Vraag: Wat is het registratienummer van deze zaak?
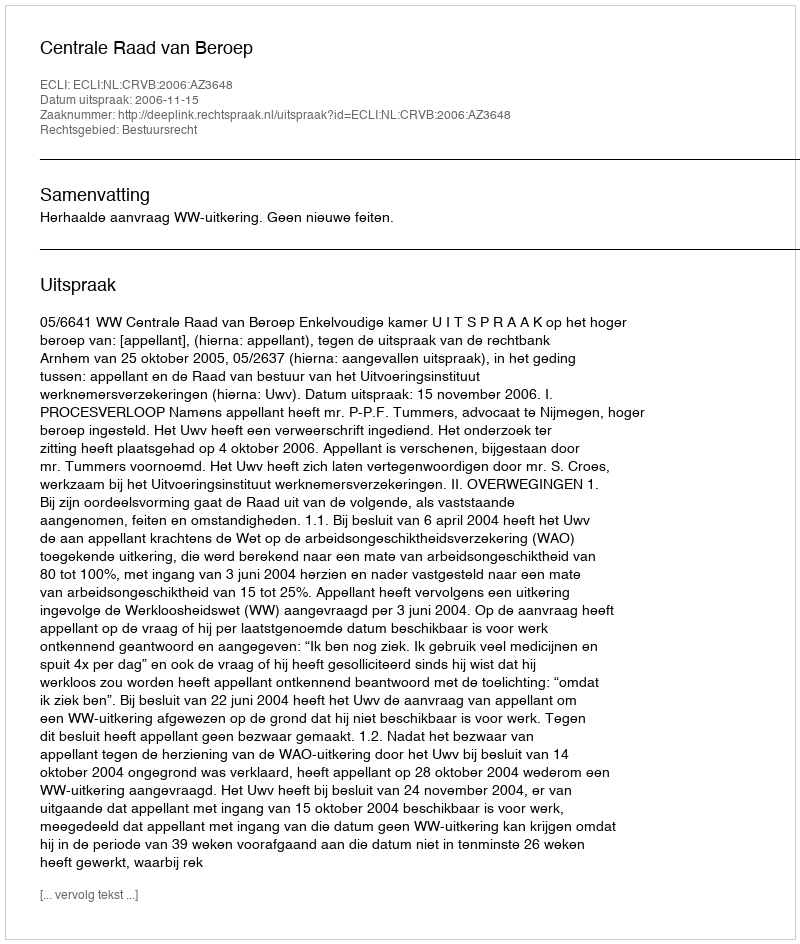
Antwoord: http://deeplink.rechtspraak.nl/uitspraak?id=ECLI:NL:CRVB:2006:AZ3648